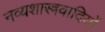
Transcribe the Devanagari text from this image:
नव्यशास्त्रवादियों